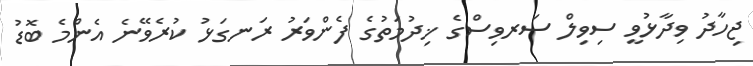
ޖިހާދު ވިދާޅުވީ ސިވިލް ސަރވިސްގެ ޚިދުމަތުގެ ފެންވަރު ރަނގަޅު ކުރެވޭނެ އެންމެ ބޮޑު